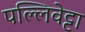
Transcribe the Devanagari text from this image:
पल्लिवेट्टा